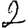
Digit: 2